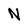
Character: N